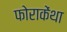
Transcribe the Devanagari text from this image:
फोराकेंथा